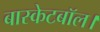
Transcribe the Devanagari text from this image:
बास्केटबॉल।